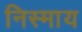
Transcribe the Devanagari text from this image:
निस्माय